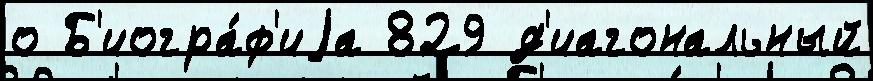
о Б'иогра́ф'иjа 829 д'иагональный